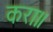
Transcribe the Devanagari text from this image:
करा॥